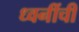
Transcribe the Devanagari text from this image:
ध्वनींची